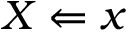
X \Leftarrow x